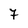
Character: 7